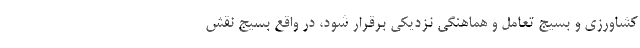
کشاورزی و بسیج تعامل و هماهنگی نزدیکی برقرار شود، در واقع بسیج نقش